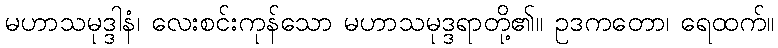
မဟာသမုဒ္ဒါနံ၊ လေးစင်းကုန်သော မဟာသမုဒ္ဒရာတို့၏။ ဥဒကတော၊ ရေထက်။